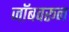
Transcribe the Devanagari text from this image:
जॉबवरून